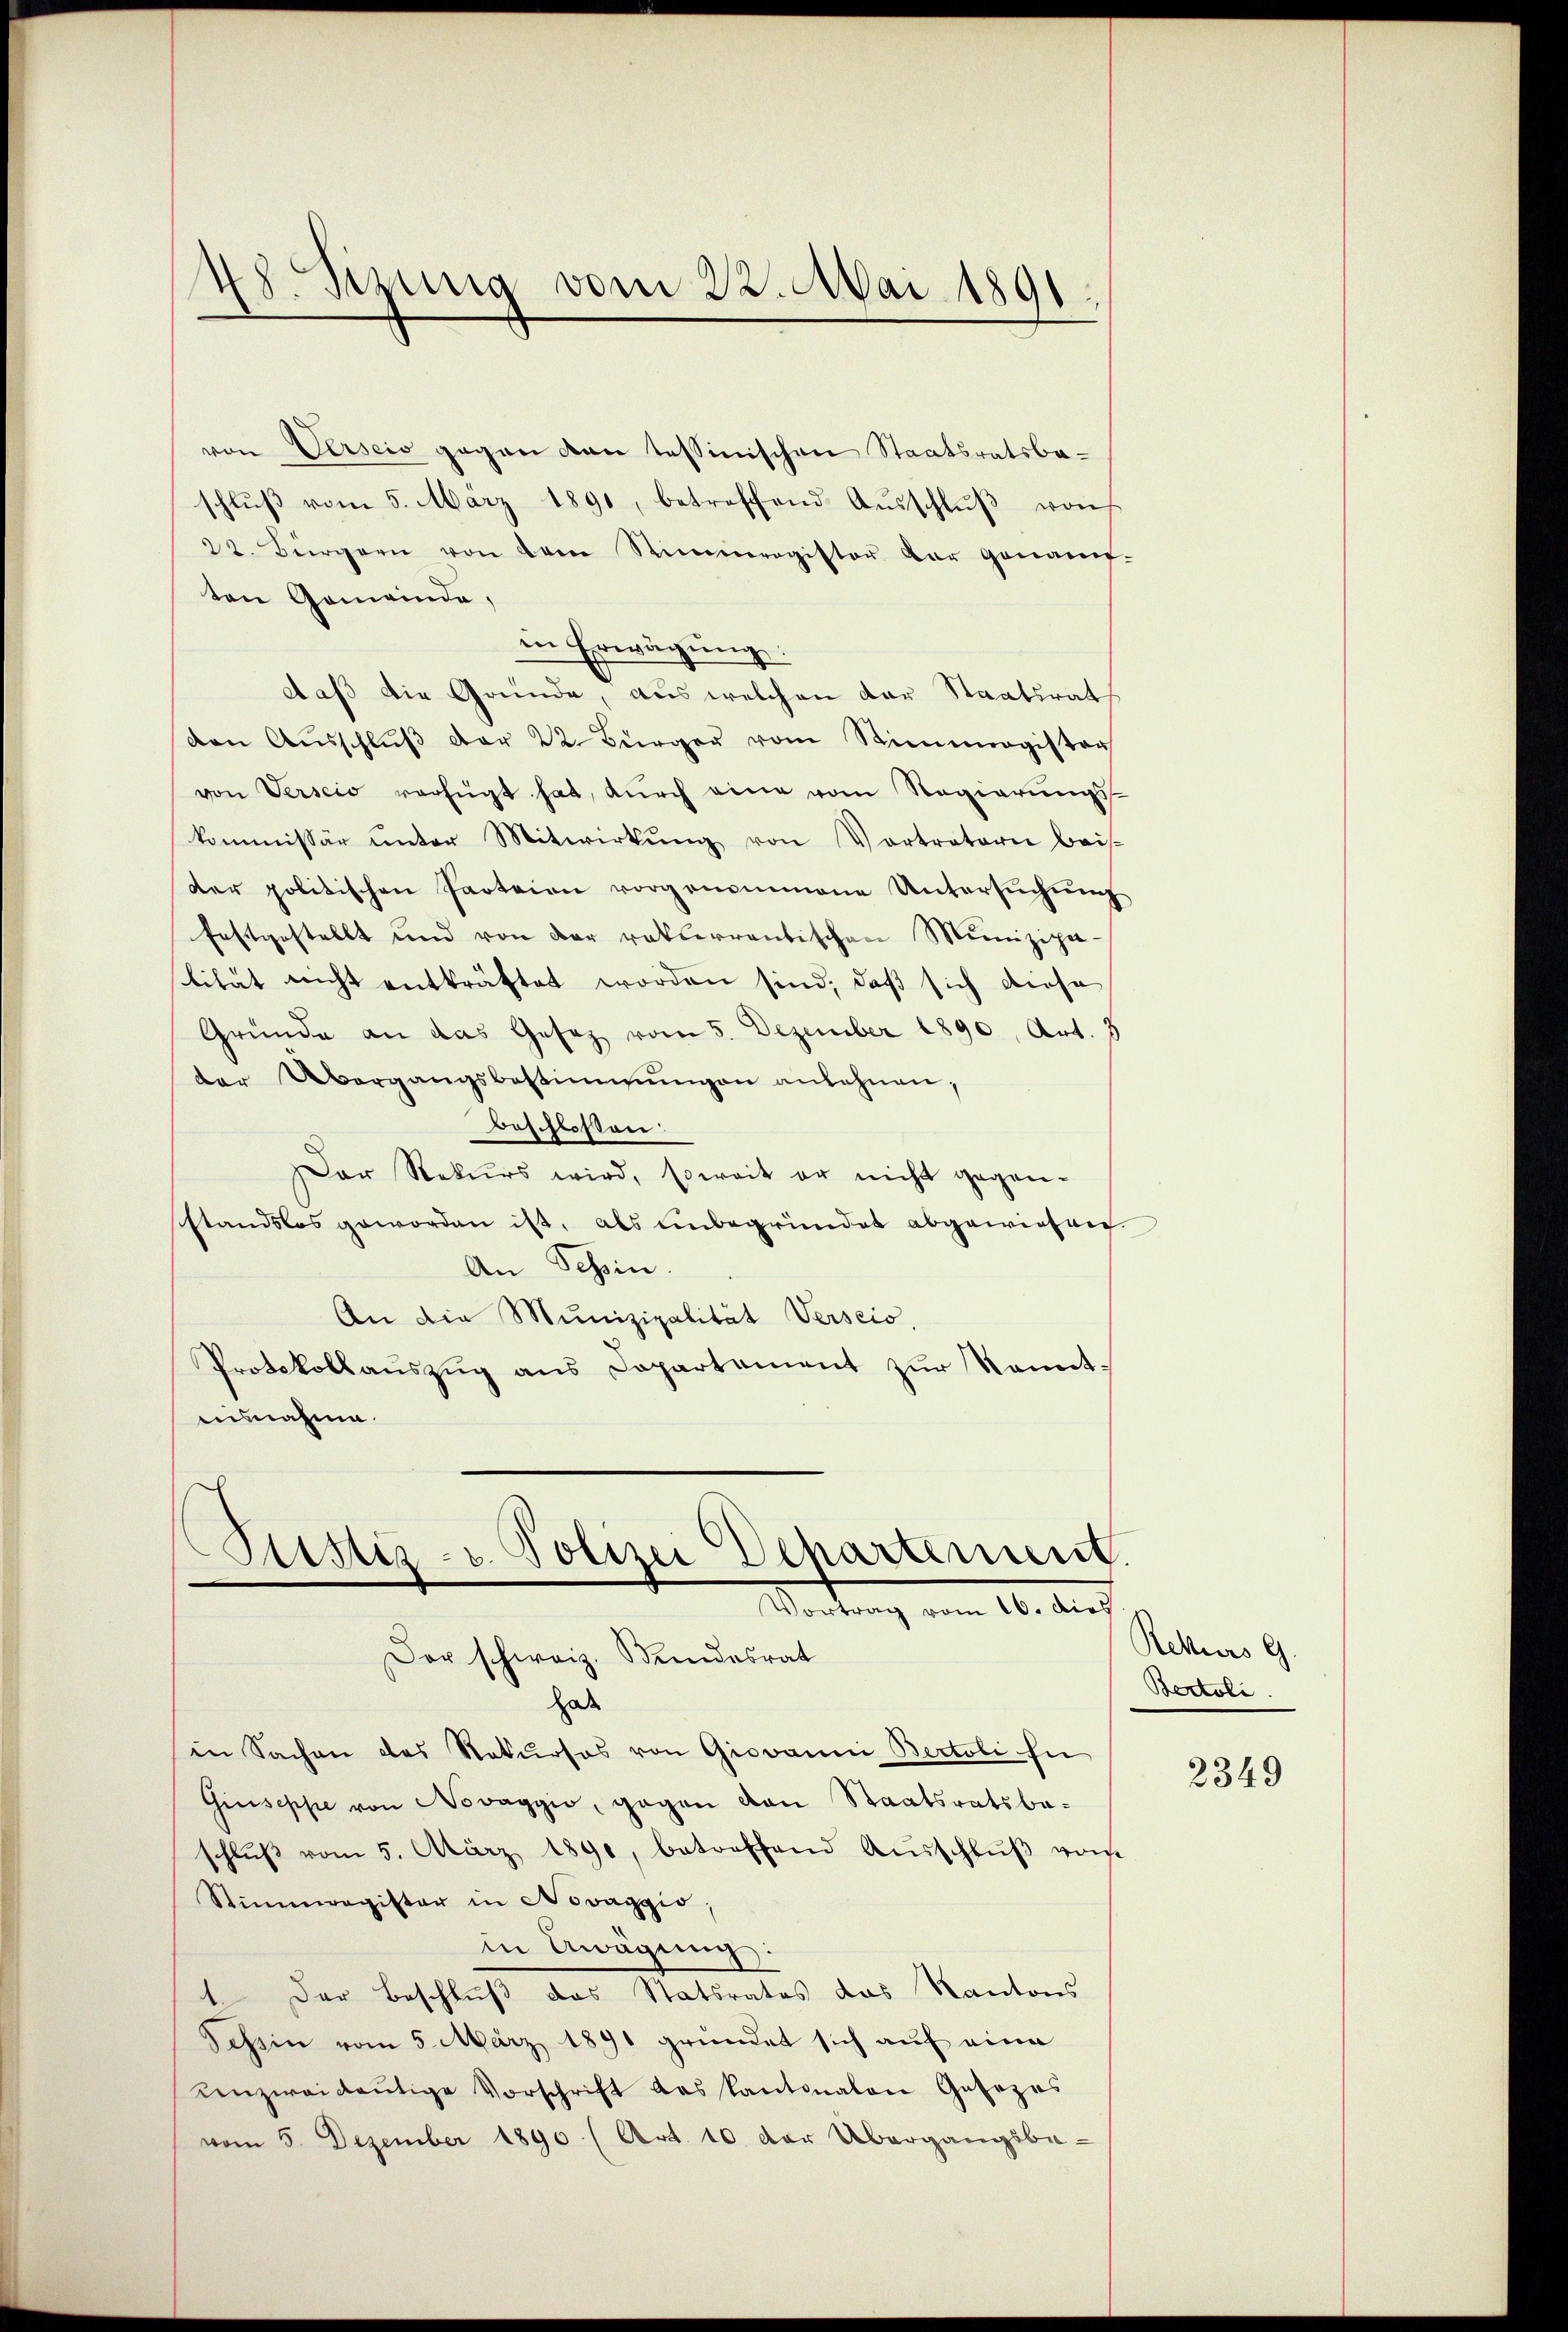
48. Sizung vom 22. Mai 1891
1

von Verscio gegen von tessinischen Staatsratsbaschlŭβ vom 5. März 1891, betreffend Aŭsschlŭβ von
22. Bürgern von dem Stimmregister der genann-
ten Gemeinde,
in Erwägung:
daß die Gründe, aus welchen der Staatsrat
den Aŭsschlŭβ der 22. Bürger vom Stimmergister
von Verscio verfügt hat, durch eine vom Regierungs-
kommissär ŭnter Mitwirkŭng von Vortretern beis-
der politischen Parteien vorgenommene Untersŭchŭng
festgestellt und von der rekurrentischen Munizipa-
lität nicht entkräftet worden sind, daß sich diese
Gründe an das Gesetz vom 5. Dezember 1890, Art. 3
der Übergangsbestimmŭngen anlehnen,
beschlossen:
Der Rekurs wird, soweit er nicht gegen-
standslos geworden ist, als unbegründet abgewiesen.
An Schin.
An die Munizipalität Verscio,
Protokollaŭszŭg ans Departement zŭr Kennt-
ausnahme.

Ptistiz- u. Polizei Departement.
Vortrag vom 16. dies
Der schweiz. Kindesrat

hab
in Sachen des Rekursos von Giovanni Bertoli fü
Giuseppe von Novaggio, gegen von Staatsratsbaschlŭβ vom 5. März 1890, betreffend Ausschlŭβ vom
Stimmregister in Novaggio,
in Awägung:
1. Der Beschluß das Statsrates das Kantons
Tessin vom 5. März 1891 gründet sich auf eine
Kenzweidaŭtige Vorschrift das Kantonalen Gesezes
vom 5. Dezember 1890 (Art. 10. der Übergangsbe-

Aekurs G.
Bertoli

2349